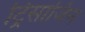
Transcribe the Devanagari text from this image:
ट्रिसाजिन